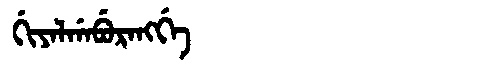
Manchu: ᡤᡳᠶᠠᠯᡤᠠᠪᡠᡵᠠᠩᡤᡝ
Romanization: GIYALGABURANGGE